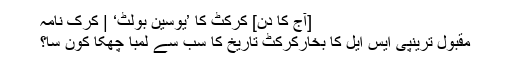
[آج کا دن] کرکٹ کا ’یوسین بولٹ‘ | کرک نامہ
مقبول ترینپی ایس ایل کا بخارکرکٹ تاریخ کا سب سے لمبا چھکا کون سا؟